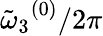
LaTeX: {\tilde{\omega}_{3}}^{(0)}/2\pi